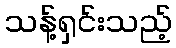
သန့်ရှင်းသည့်